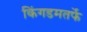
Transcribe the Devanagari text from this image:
किंगडमतर्फे